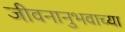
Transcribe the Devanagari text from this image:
जीवनानुभवाच्या